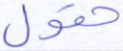
حقول